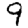
Digit: 9